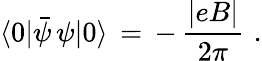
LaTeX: \langle 0|\bar{\psi}\, \psi|0\rangle\, =\, -\, \frac{|eB|}{2\pi}\, \, .